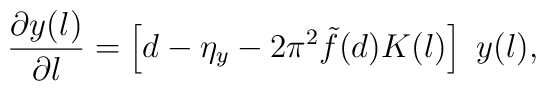
\frac{\partial y(l)}{\partial l} =\left[d-\eta_y - 2\pi^2\tilde{f}(d)K(l) \right] ~ y(l),